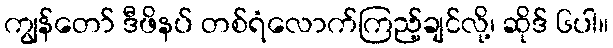
ကျွန်တော် ဒီဖိနပ် တစ်ရံလောက်ကြည့်ချင်လို့၊ ဆိုဒ် ၆ပါ။